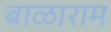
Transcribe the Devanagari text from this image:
बाळाराम